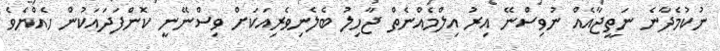
ނުކުމެދާނެ ނަތީޖާއެއް ނުވިސްނޭ އިރު އިލްމެއްނެތް ޖާހިލު ބެލެނިވެރިއަކަށް ވިސްނޭނީ ކޮންފަދައަކުން ހެއްޔެވެ